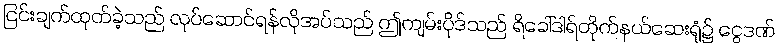
ငြင်းချက်ထုတ်ခဲ့သည် လုပ်ဆောင်ရန်လိုအပ်သည် ဤကျမ်းပိုဒ်သည် ရိခေါ်ဒါရ်တိုက်နယ်ဆေးရုံ၌ ငွေဒဏ်